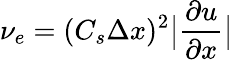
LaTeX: \nu_{e}=(C_{s}\Delta x)^{2}\big|\frac{\partial u}{\partial x}\big|